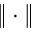
\| \cdot \|